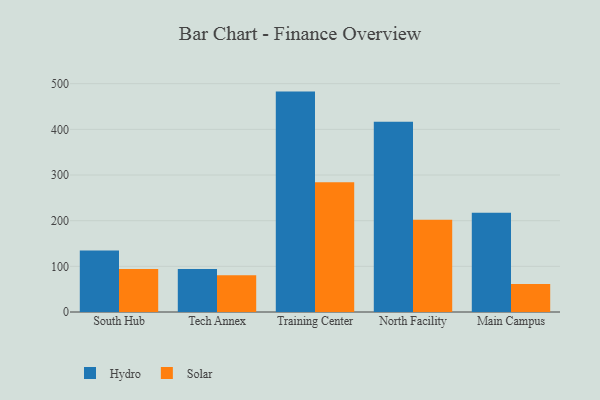
{"axis": {"x": "Campus", "y": "Latency (ms)"}, "legend": ["Hydro", "Solar"], "data": [{"x": "South Hub", "y": 134.9, "type": "Hydro"}, {"x": "South Hub", "y": 94.2, "type": "Solar"}, {"x": "Tech Annex", "y": 94.0, "type": "Hydro"}, {"x": "Tech Annex", "y": 80.7, "type": "Solar"}, {"x": "Training Center", "y": 482.7, "type": "Hydro"}, {"x": "Training Center", "y": 284.0, "type": "Solar"}, {"x": "North Facility", "y": 416.5, "type": "Hydro"}, {"x": "North Facility", "y": 202.2, "type": "Solar"}, {"x": "Main Campus", "y": 217.1, "type": "Hydro"}, {"x": "Main Campus", "y": 61.2, "type": "Solar"}]}